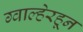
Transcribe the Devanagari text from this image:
ग्वाल्हेरहून